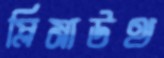
প্লিমাউথ